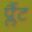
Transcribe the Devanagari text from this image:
प्लैंट